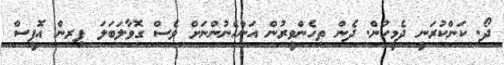
ދޯ. ކަންކުރަނީ ދެމީހުން. ދެން ތިހެންވީރުން އަންހެނުންނަށް ވެސް ގޮވާލަބަލަ ފިރިން އޮފީސް